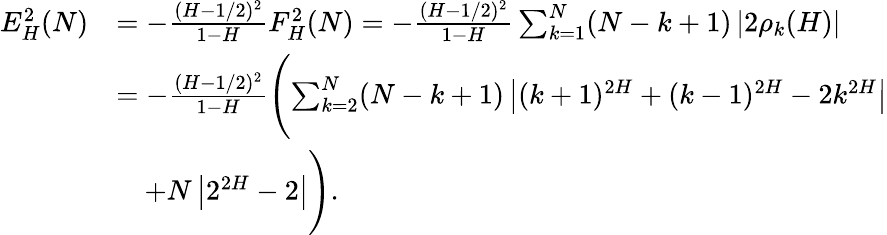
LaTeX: \begin{array}{rl}{E_{H}^{2}(N)}&{=-\frac{(H-1/2)^{2}}{1-H}F_{H}^{2}(N)=-\frac{(H-1/2)^{2}}{1-H}\sum_{k=1}^{N}(N-k+1)\left\lvert 2\rho_{k}(H)\right\rvert}\\ &{=-\frac{(H-1/2)^{2}}{1-H}\Biggl(\sum_{k=2}^{N}(N-k+1)\left\lvert(k+1)^{2H}+(k-1)^{2H}-2k^{2H}\right\rvert}\\ &{\quad+N\left\lvert 2^{2H}-2\right\rvert\Biggr).}\end{array}